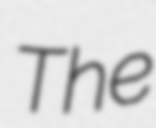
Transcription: The